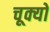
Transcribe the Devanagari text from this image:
चूक्यो